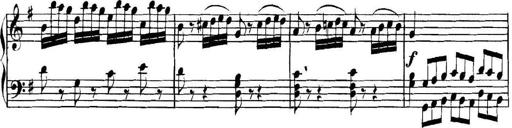
Title: Collected Piano Sonatas
Composer: Muzio Clementi